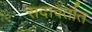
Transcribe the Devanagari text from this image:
सदावर्तात